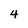
Character: 4